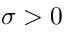
\sigma > 0